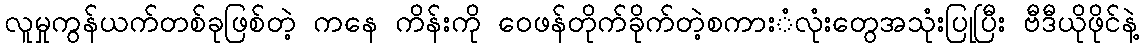
လူမှုကွန်ယက်တစ်ခုဖြစ်တဲ့ ကနေ ကိန်းကို ဝေဖန်တိုက်ခိုက်တဲ့စကားံလုံးတွေအသုံးပြုပြီး ဗီဒီယိုဖိုင်နဲ့